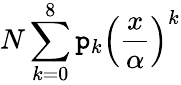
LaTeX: N\sum_{k=0}^{8}\mathtt{p}_{k}\left(\frac{{x}}{{\alpha}}\right)^{k}